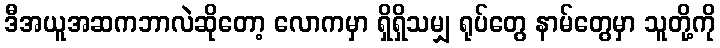
ဒီအယူအဆကဘာလဲဆိုတော့ လောကမှာ ရှိရှိသမျှ ရုပ်တွေ နာမ်တွေမှာ သူတို့ကို